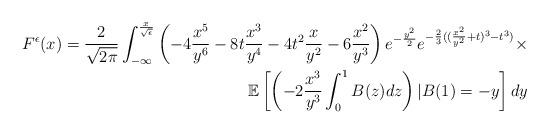
LaTeX: \begin{align*}F^{\epsilon}(x)=\frac{2}{\sqrt{2\pi}} \int_{-\infty}^{\frac{x}{\sqrt{\epsilon}}} \left(-4\frac{x^5}{y^6}-8t\frac{x^3}{y^4}-4t^2\frac{x}{y^2}-6\frac{x^2}{y^3}\right)e^{-\frac{y^2}{2}}e^{-\frac{2}{3}((\frac{x^2}{y^2}+t)^3-t^3)}\times\\\mathbb{E}\left[\left(-2\frac{x^3}{y^3} \int_{0}^{1} B(z)dz \right) \vert B(1)=-y\right]dy\end{align*}